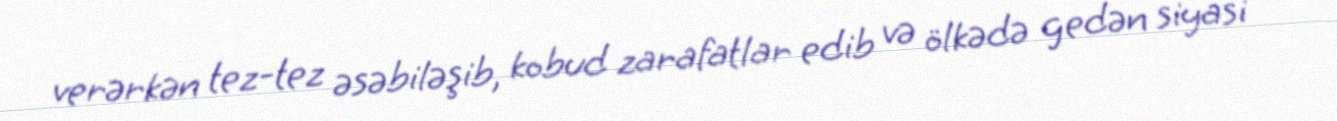
verərkən tez-tez əsəbiləşib, kobud zarafatlar edib və ölkədə gedən siyasi